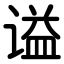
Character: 谥